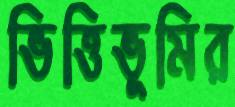
ভিত্তিভূমির